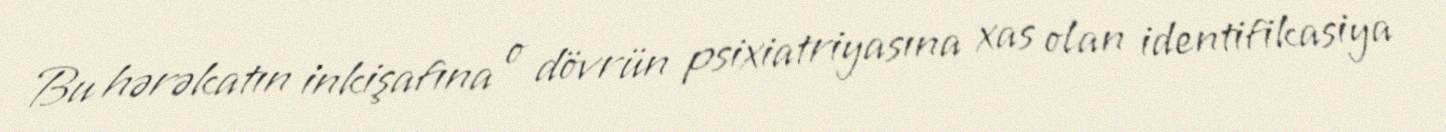
Bu hərəkatın inkişafına o dövrün psixiatriyasına xas olan identifikasiya